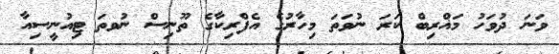
ވަނަ ދުވަހު މަޣްރިބް ކަރަ ނުވަތަ މިހާރުގެ އެފްރިކާގެ ތޫނިސް ނުވތަ ޓިއުނީސިއާ